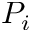
P _ { i }